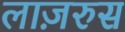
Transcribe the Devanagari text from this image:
लाज़रुस